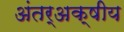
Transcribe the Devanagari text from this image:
अंतर्अक्षीय